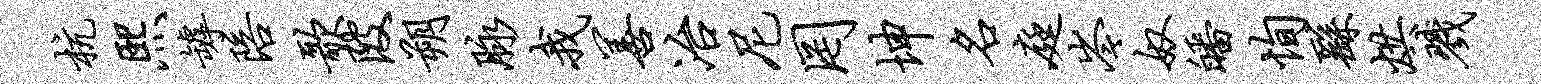
杭熙罅陪歌陂朔脉我善冶尼罔坤名庭岑奴皤恂繇烘戮